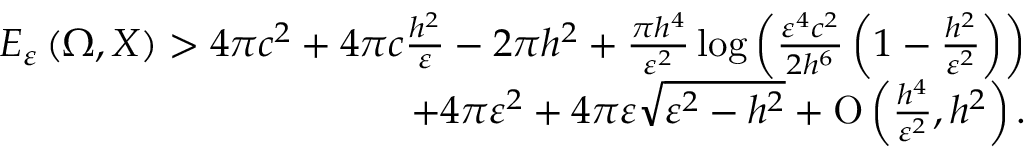
\begin{array} { r } { E _ { \varepsilon } \left( \Omega , X \right) > 4 \pi c ^ { 2 } + 4 \pi c \frac { h ^ { 2 } } { \varepsilon } - 2 \pi h ^ { 2 } + \frac { \pi h ^ { 4 } } { \varepsilon ^ { 2 } } \log { \left( \frac { \varepsilon ^ { 4 } c ^ { 2 } } { 2 h ^ { 6 } } \left( 1 - \frac { h ^ { 2 } } { \varepsilon ^ { 2 } } \right) \right) } } \\ { + 4 \pi \varepsilon ^ { 2 } + 4 \pi \varepsilon \sqrt { \varepsilon ^ { 2 } - h ^ { 2 } } + \ensuremath { \operatorname { O } \left( \frac { h ^ { 4 } } { \varepsilon ^ { 2 } } , h ^ { 2 } \right) } . } \end{array}